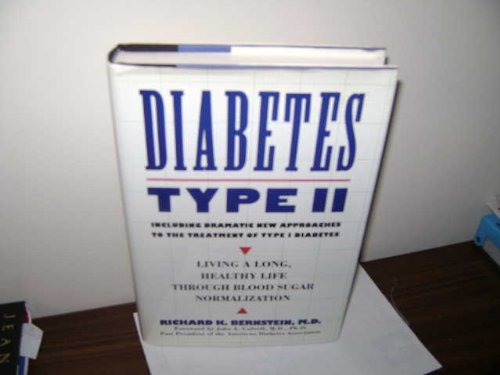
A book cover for Diabetes Type II: Living a Long, Healthy Life Through Blood Sugar Normalization; Richard K., M.D. Bernstein; Health, Fitness & Dieting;